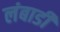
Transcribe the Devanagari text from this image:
लंबाडी